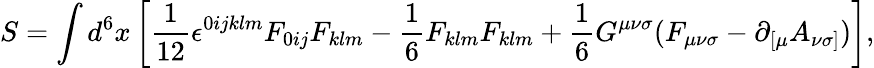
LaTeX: S=\int d^{6}x\left[{\frac{1}{12}}{\epsilon}^{0ijklm}F_{0ij}F_{klm}-{\frac 16}F_{klm}F_{klm}+{\frac 16}G^{{\mu}{\nu}{\sigma}}(F_{{\mu}{\nu}{\sigma}}-{\partial}_{[{\mu}}A_{{\nu}{\sigma}]})\right],